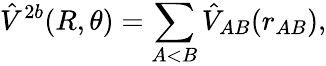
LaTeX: \hat{V}^{2b}(R,\theta)=\sum_{A<B}\hat{V}_{AB}(r_{AB}),